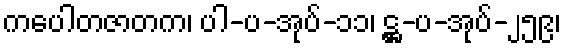
ကပေါတဇာတက၊ ပါ-ပ-အုပ်-၁၁၊ ဋ္ဌ-ပ-အုပ်-၂၅၉၊